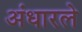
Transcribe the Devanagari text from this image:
अंधारले